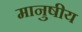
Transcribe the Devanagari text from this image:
मानुषीय